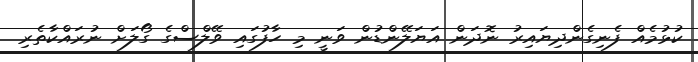
ކުޅުމެއް ފެނިގެންދިޔައިރު ނޮދަން އަޔަލޭންޑުން ވަނީ މި ހާފުގައި ވޭލްސްގެ ގޯލަށް ނުރައްކާތެރި